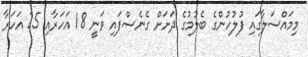
މިމައްސަލާގައި ފުލުހުންގެ ބެލުމުގެ ދަށަށް ގެނެސްފައި ވަނީ 18 އަހަރާއި 25 އަހަރާ